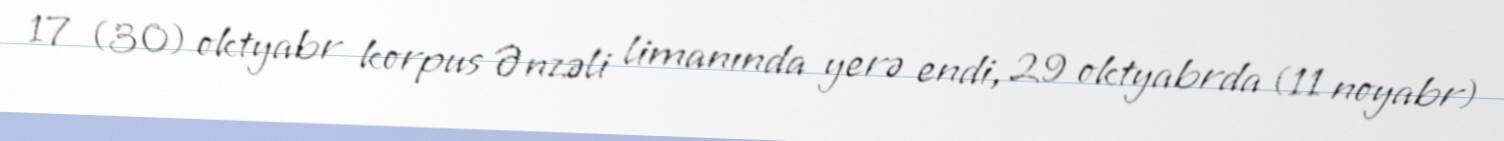
17 (30) oktyabr korpus Ənzəli limanında yerə endi, 29 oktyabrda (11 noyabr)